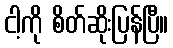
ငါ့ကို စိတ်ဆိုးပြန်ပြီ။